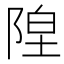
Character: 𬯇